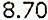
8.70